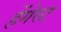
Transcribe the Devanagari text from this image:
हेंगेस्ट